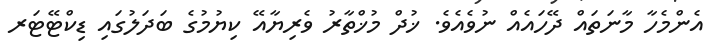
އެންމެހާ މާނަތައް ދޭހައެއް ނުވެއެވެ. ޚުދް މުޚްތާރު ވެރިޔާއޭ ކިޔުމުގެ ބަދަލުގައި ޑިކްޓޭޓަރ